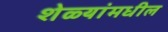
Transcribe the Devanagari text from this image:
शेळ्यांमधील